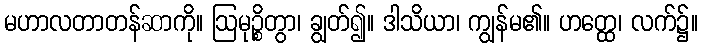
မဟာလတာတန်ဆာကို။ ဩမုဉ္စိတွာ၊ ချွတ်၍။ ဒါသိယာ၊ ကျွန်မ၏။ ဟတ္ထေ၊ လက်၌။